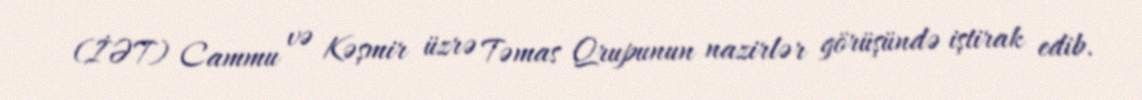
(İƏT) Cammu və Kəşmir üzrə Təmas Qrupunun nazirlər görüşündə iştirak edib.